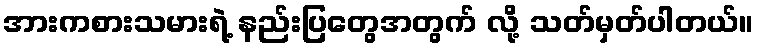
အားကစားသမားရဲ့ နည်းပြတွေအတွက် လို့ သတ်မှတ်ပါတယ်။